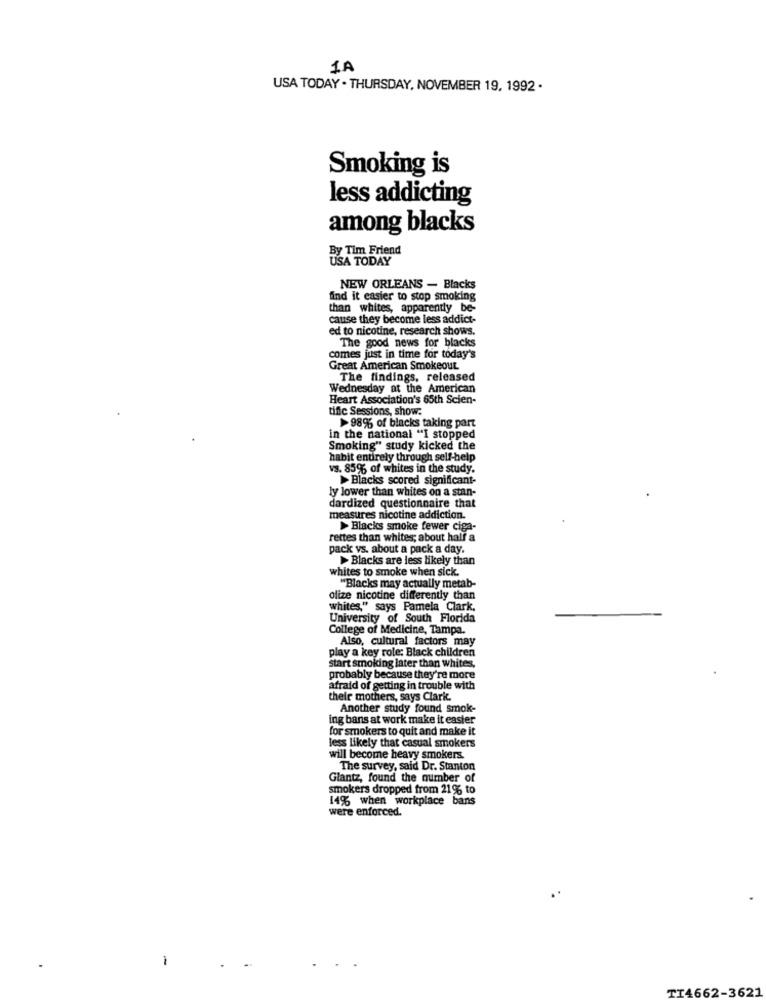
1A
USA TODAY . THURSDAY, NOVEMBER 19, 1992 .
Smoking is
less addicting
among blacks
By Tim Friend
USA TODAY
NEW ORLEANS - Blacks
find it easier to stop smoking
than whites, apparently be-
cause they become less addict-
ed to nicotine, research shows.
The good news for blacks
comes just in time for today's
Great American Smokeout
The findings, released
Wednesday at the American
Heart Association's 65th Scien-
tific Sessions, show:
989% of blacks taking part
in the national "I stopped
Smoking" study kicked the
habit entirely through self-help
vs. 85% of whites in the study.
>Blacks scored significant-
ly lower than whites on a stan-
dardized questionnaire that
measures nicotine addiction.
> Blacks smoke fewer ciga-
rettes than whites; about half a
pack vs. about a pack a day.
> Blacks are less likely than
whites to smoke when sick.
"Blacks may actually metab-
olize nicotine differently than
whites," says Pamela Clark,
University of South Florida
College of Medicine, Tampa.
Also, cultural factors may
play a key role: Black children
start smoking later than whites,
probably because they're more
afraid of getting in trouble with
their mothers, says Clark.
Another study found smok-
ing bans at work make it easier
for smokers to quit and make it
less likely that casual smokers
will become heavy smokers.
The survey, said Dr. Stanton
Glantz, found the number of
smokers dropped from 21% to
149% when workplace bans
were enforced.
TI4662-3621